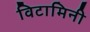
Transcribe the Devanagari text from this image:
विटामिनी